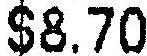
$8.70